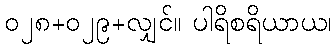
၀၂၈+၀၂၉+လျှင်။ ပါရိစရိယာယ၊